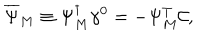
LaTeX: \overline { { { \Psi } } } _ { M } \equiv \Psi _ { M } ^ { \dagger } \gamma ^ { 0 } = - \Psi _ { M } ^ { T } \mathcal { C } ,